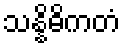
သန္နိဓိကတံ